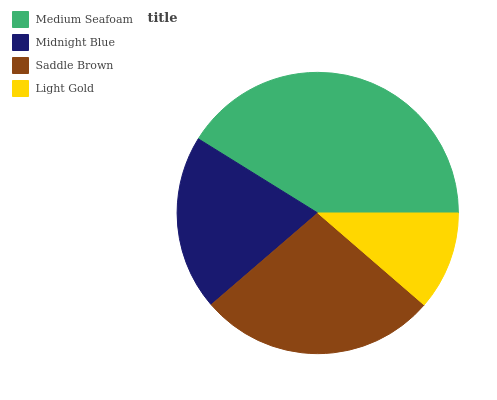
| Medium Seafoam | Midnight Blue | Saddle Brown | Light Gold |
 | --- | --- | --- | --- |
 | 41.2% | 20.2% | 27.3% | 11.3% |